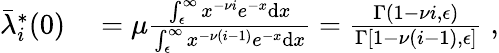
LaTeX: \begin{array}{rl}{\bar{\lambda}_{i}^{*}(0)}&{{}=\mu\frac{\int_{\epsilon}^{\infty}x^{-\nu i}e^{-x}\mathrm{d}x}{\int_{\epsilon}^{\infty}x^{-\nu(i-1)}e^{-x}\mathrm{d}x}=\frac{\Gamma(1-\nu i,\epsilon)}{\Gamma[1-\nu(i-1),\epsilon]}\; ,}\end{array}